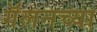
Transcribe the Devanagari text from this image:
गॅलनच्या